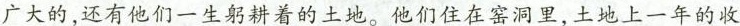
广大的，还有他们一生躬耕着的土地。他们住在窑洞里，土地上一年的收